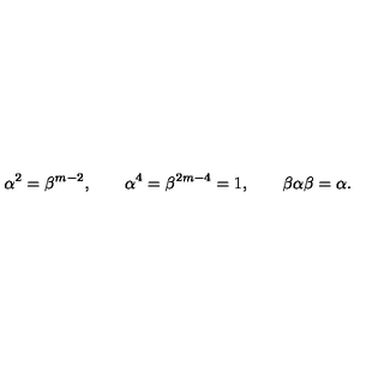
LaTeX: \alpha ^ { 2 } = \beta ^ { m - 2 } , \qquad \alpha ^ { 4 } = \beta ^ { 2 m - 4 } = 1 , \qquad \beta \alpha \beta = \alpha .